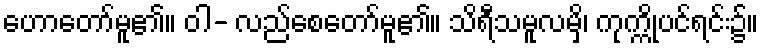
ဟောတော်မူ၏။ ဝါ- လည်စေတော်မူ၏။ သိရီသမူလမှိ၊ ကုက္ကိုပင်ရင်း၌။